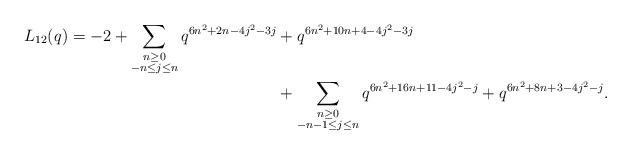
LaTeX: \begin{align*} \begin{aligned}L_{12}(q) = -2 + \sum_{\substack{n \geq 0 \\ -n \leq j \leq n}} q^{6n^2 + 2n - 4j^2 - 3j} & + q^{6n^2 + 10n + 4 - 4j^2 - 3j} \\& + \sum_{\substack{n \geq 0 \\ -n-1 \leq j \leq n}} q^{6n^2 + 16n + 11 - 4j^2 - j} + q^{6n^2 + 8n + 3 - 4j^2 - j}.\end{aligned}\end{align*}